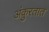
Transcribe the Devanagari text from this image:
अंकुरतात